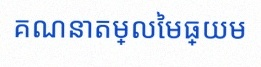
គណនាតម្លៃមធ្យម